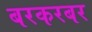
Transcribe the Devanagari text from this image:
बरकरबर